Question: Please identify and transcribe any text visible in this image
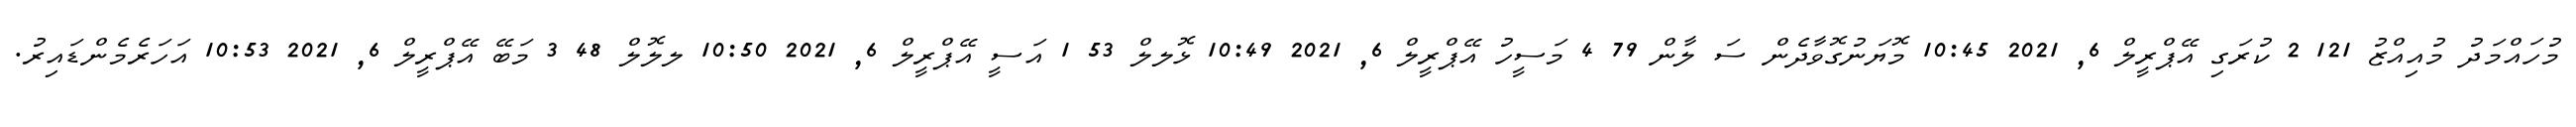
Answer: މުހައްމަދު މުއިއްޒު 121 2 ކުރަގި އޭޕްރީލް 6, 2021 10:45 މޮޔަނުގޮވާދެން ސަ ލާން 79 4 މަސީހު އޭޕްރީލް 6, 2021 10:49 ޅޮލލް 53 1 އަސީ އޭޕްރީލް 6, 2021 10:50 ލލޮލް 48 3 މަބޭ އޭޕްރީލް 6, 2021 10:53 އަހަރެމެންޑައިރު.